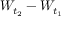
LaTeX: W _ { t _ { 2 } } - W _ { t _ { 1 } }